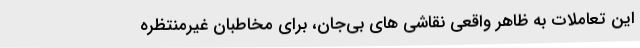
این تعاملات به ظاهر واقعیِ نقاشی های بی‌جان، برای مخاطبان غیر‌منتظره